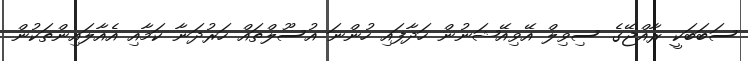
ސަބަބަކީ ރާއްޖޭގެ ސިވިލް އޭވިއޭޝަނުން ހަދާފައި ހުންނަ އުސޫލްތައް ހަރުދަނާ ކަމާއި އެއާލައިންތަކުން